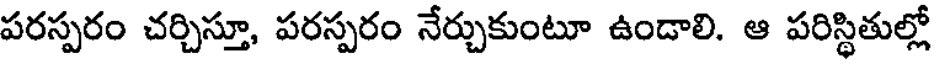
పరస్పరం చర్చిస్తూ, పరస్పరం నేర్చుకుంటూ ఉండాలి. ఆ పరిస్థితుల్లో